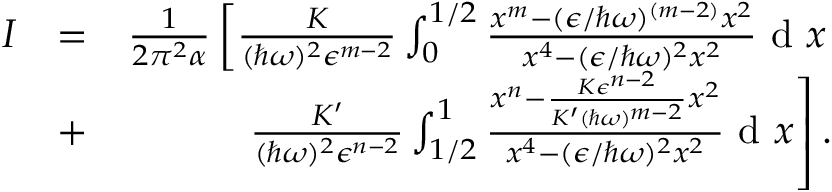
\begin{array} { r l r } { I } & { = } & { \frac { 1 } { 2 \pi ^ { 2 } \alpha } \left[ \frac { K } { ( \hbar \omega ) ^ { 2 } \epsilon ^ { m - 2 } } \int _ { 0 } ^ { 1 / 2 } \frac { x ^ { m } - ( \epsilon / \hbar \omega ) ^ { ( m - 2 ) } x ^ { 2 } } { x ^ { 4 } - ( \epsilon / \hbar \omega ) ^ { 2 } x ^ { 2 } } \textrm { d } x \right. } \\ & { + } & { \left. \frac { K ^ { \prime } } { ( \hbar \omega ) ^ { 2 } \epsilon ^ { n - 2 } } \int _ { 1 / 2 } ^ { 1 } \frac { x ^ { n } - \frac { K \epsilon ^ { n - 2 } } { K ^ { \prime } ( \hbar \omega ) ^ { m - 2 } } x ^ { 2 } } { x ^ { 4 } - ( \epsilon / \hbar \omega ) ^ { 2 } x ^ { 2 } } \textrm { d } x \right] . } \end{array}